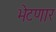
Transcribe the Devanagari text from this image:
भेटणार